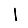
Digit: 1